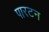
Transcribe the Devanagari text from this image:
पारटन